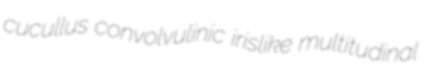
cucullus convolvulinic irislike multitudinal